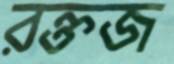
রক্তজ